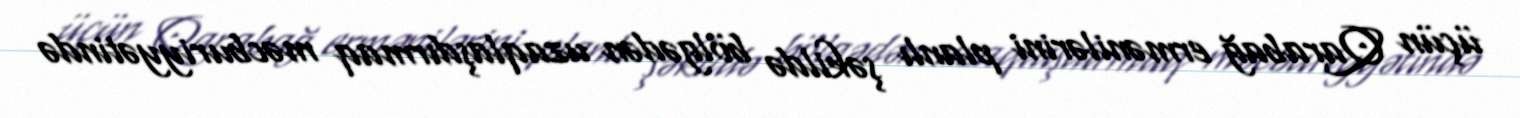
üçün Qarabağ ermənilərini planlı şəkildə bölgədən uzaqlaşdırmaq məcburiyyətində